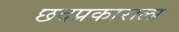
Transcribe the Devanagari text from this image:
छदप्रकाराला